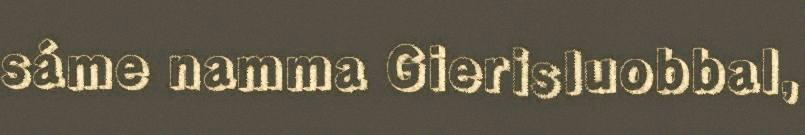
sáme namma Gierisluobbal,